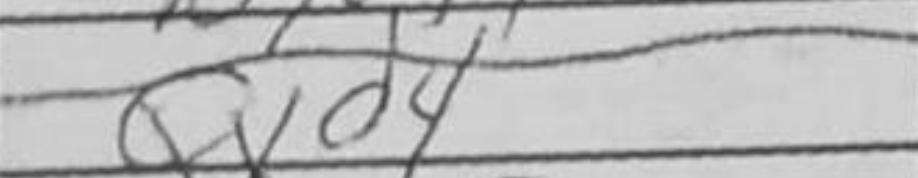
Transcription: Qxd4